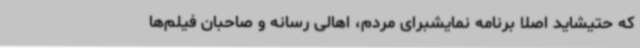
که حتیشاید اصلا برنامه نمایشبرای مردم، اهالی رسانه و صاحبان فیلم‌ها